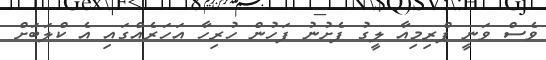
ވެސް ވަނީ ޕްރިމިއާ ލީގު ފެށުނު ފަހުން ހުރިހާ އަހަރެއްގައި އެ ކްލަބަށް